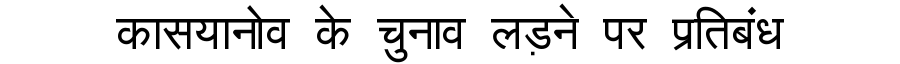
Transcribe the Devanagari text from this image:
कासयानोव के चुनाव लड़ने पर प्रतिबंध